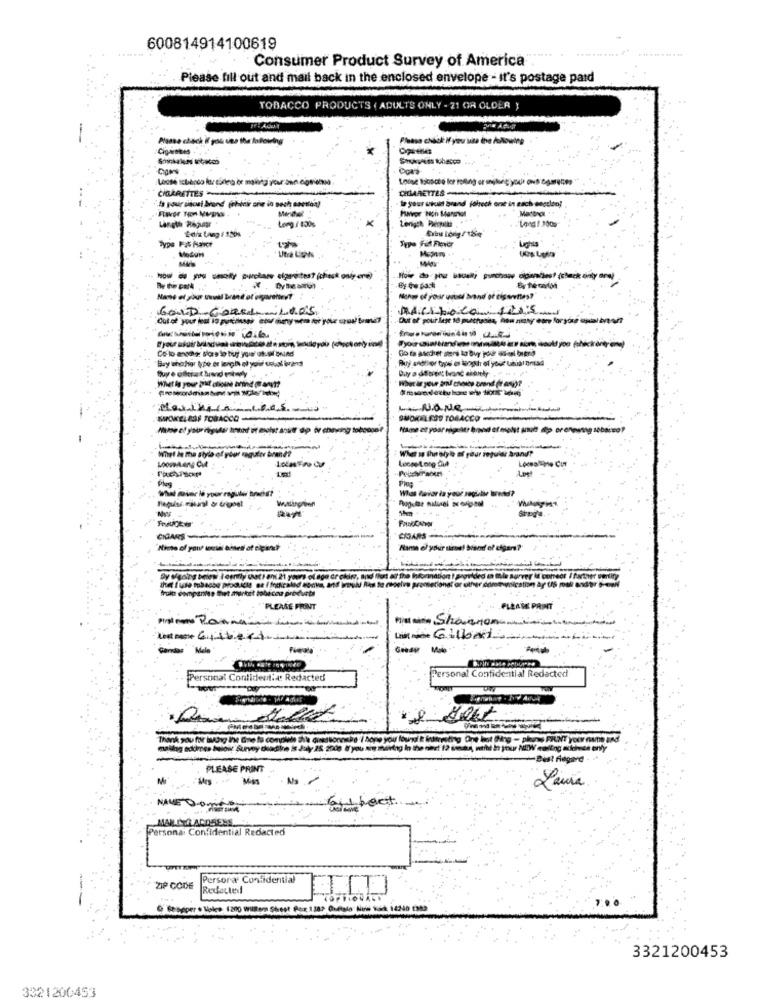
600814914100619
Consumer Product Survey of America
Please fill out and mail back in the enclosed envelope - it's postage paid
TOBACCO PRODUCTS ( ADULTS ONLY - 21 OR OLDER )
Please check M you usa the following
Cigarstes
CIGARETTES
CHIRETTES
`Is your sitosi brand (think one in sech section!
Mendher
Mastror
X
-
--------
GOLD-GoRed, 1005
.- Out of pour lage 18 putthesea, hou nasy cone foryou opalbraun
Bry unchar type er length of your coval ivans
SMOKELESS TOBACCO
-
SMOKELESS TOBACCO-
filme et pour nigsier food af malst anun dtp or enounng sabe
MiTet de ma style of your regultv brandt
Whet as the style of your regular brand?
Store.
CIGARS
Dy Mgoing beiew I certy that ! ani 21 yours of age cr ckirz, art
fruit companies thet market tobacco products
a receive pressetion
PLEASE FRONT
PLEASE PRINT
First name Panne
List nice Gilbert
Personal Confidential Redacted
Personal Confidentie: Redacted
Bist fdgand
PLEASE PRINT
Laura
NAVE D-DOSEURA
Gilbert
MARITO ADDRESS.
Persona Confidential Redacted
Persora Confidential
Redactel
3321200453
3321200453